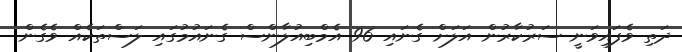
ދަތި ވެފައިވަނީ ސަރުކާރުން އަލަށް ގެނައި 96 އެމްބިއުލާންސް ގެނައުމުގައި ލަސްތަކެއް ވެގެން